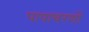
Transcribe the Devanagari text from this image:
पापाचरणों